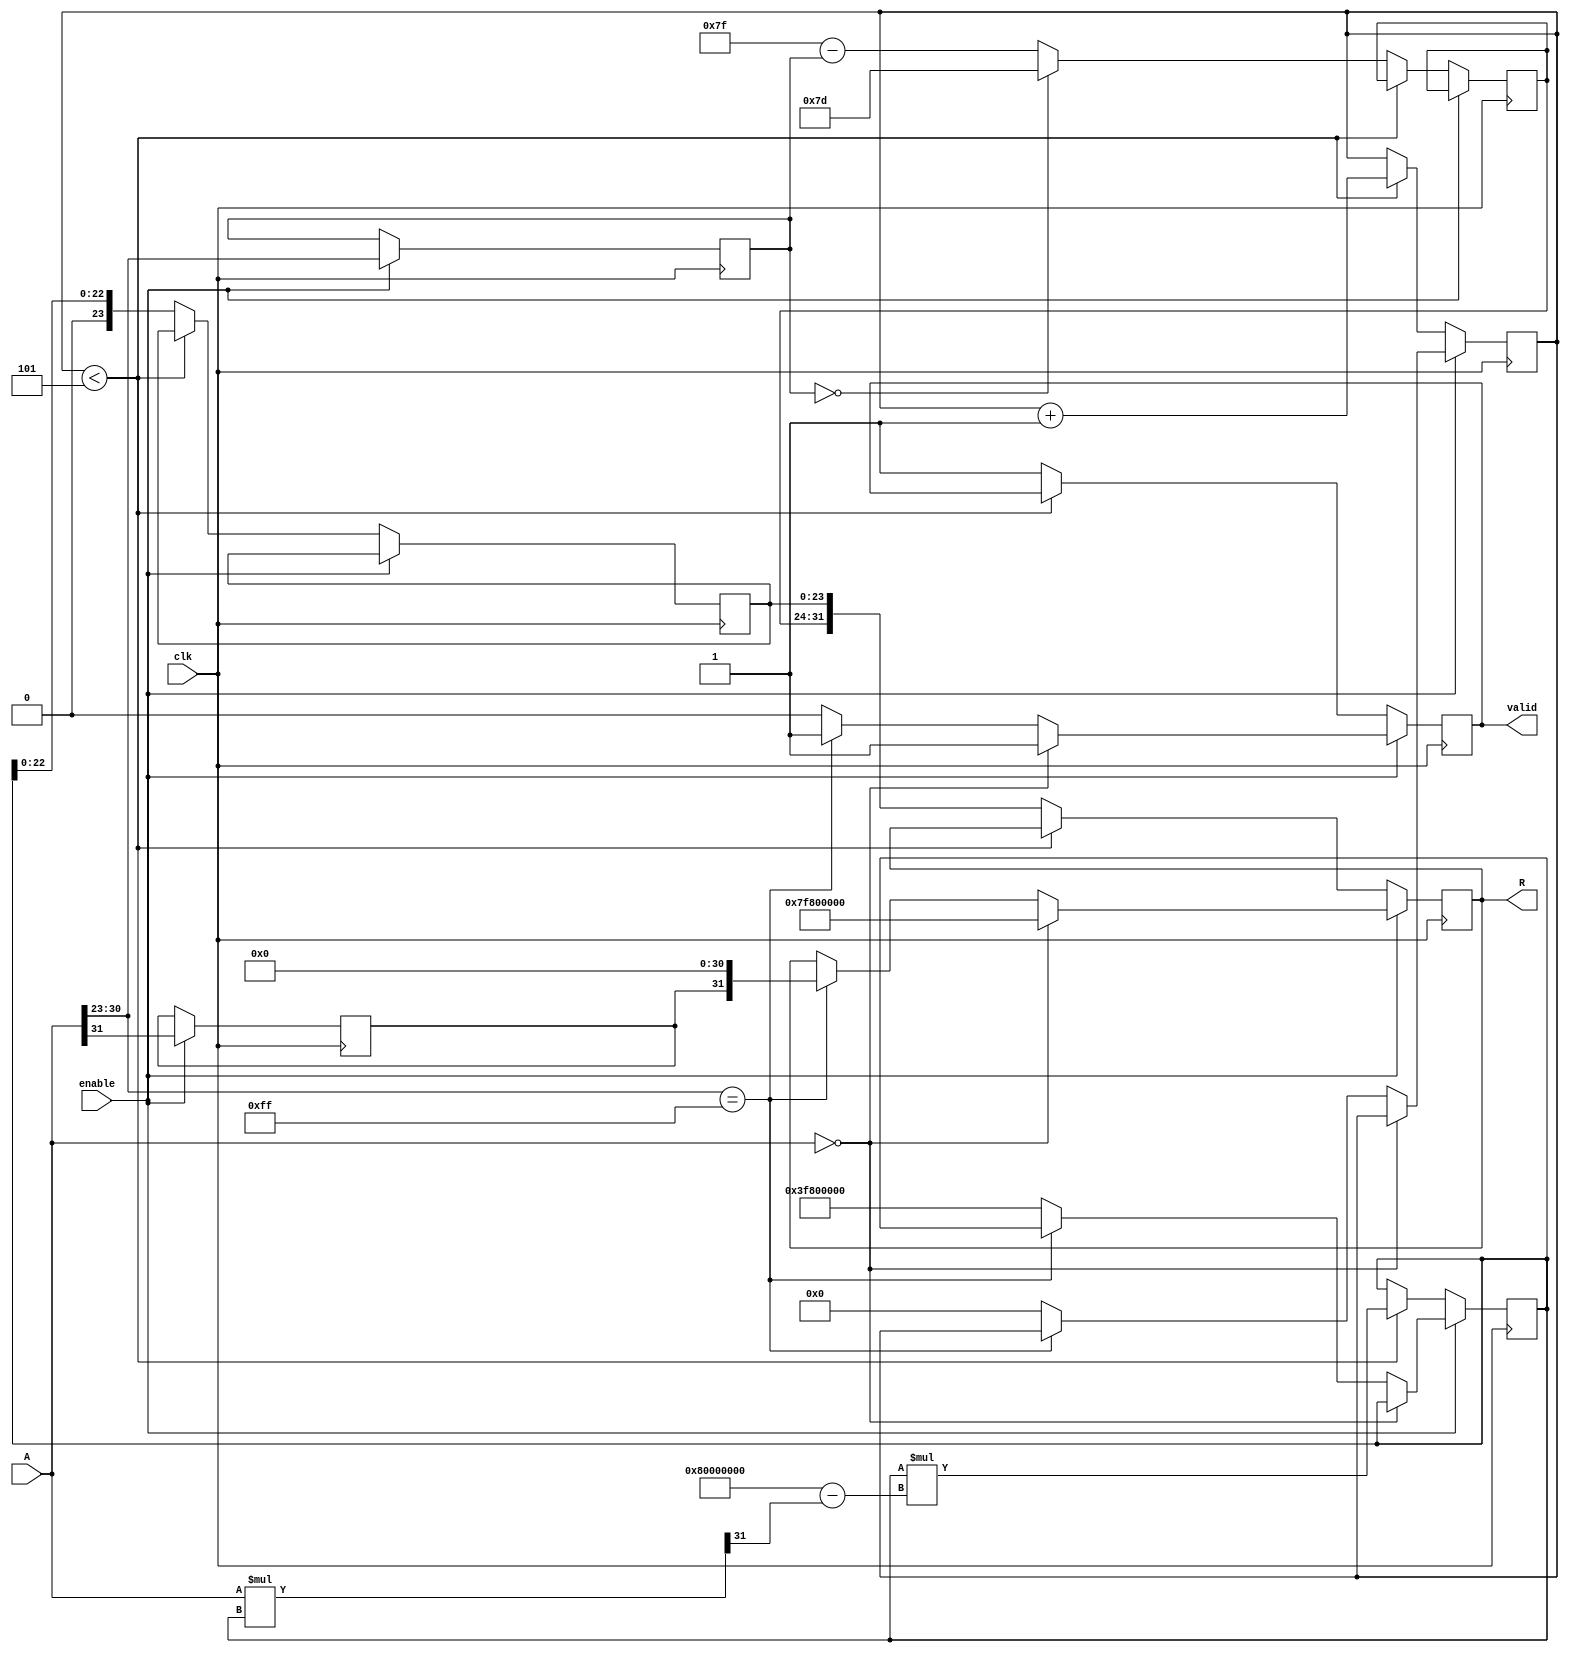
module floating_point_reciprocal (
    input wire [31:0] A,      // Input: 32-bit IEEE 754 floating-point number
    input wire clk,           // Clock signal
    input wire enable,        // Control signal to enable computation
    output reg [31:0] R,      // Output: 32-bit IEEE 754 floating-point reciprocal
    output reg valid          // Output valid signal
);
    // Constants
    localparam BIAS = 127;
    localparam MAX_EXP = 255; // Maximum exponent for IEEE 754 single precision

    // Internal signals
    reg [7:0] exponent_A;
    reg [23:0] mantissa_A;
    reg sign_A;
    reg [23:0] mantissa_R;
    reg [7:0] exponent_R;
    reg sign_R;
    reg [31:0] normalized_A;
    reg [31:0] reciprocal;
    reg [5:0] iteration_count;

    // State machine for computation
    always @(posedge clk) begin
        if (enable) begin
            // Extract sign, exponent, and mantissa
            sign_A <= A[31];
            exponent_A <= A[30:23];
            mantissa_A <= {1'b1, A[22:0]}; // Normalize mantissa

            // Handle special cases
            if (A == 32'b0) begin
                // Input is zero, output should be infinity
                R <= {1'b0, 8'b11111111, 23'b0}; // Infinity
                valid <= 1'b1;
            end else if (A[30:23] == 8'b11111111) begin
                // Input is infinity or NaN
                R <= {sign_A, 8'b0, 23'b0}; // Zero
                valid <= 1'b1;
            end else begin
                // Initialize reciprocal approximation
                reciprocal <= 32'h3f800000; // Initial approximation (1.0 in IEEE 754)
                iteration_count <= 6'b0;
                valid <= 1'b0; // Not valid until computation is done
            end
        end else if (iteration_count < 6'd5) begin
            // Newton-Raphson iteration for reciprocal
            reciprocal <= reciprocal * (32'h80000000 - (A * reciprocal >> 31)); // x_n+1 = x_n * (2 - x_n * A)
            iteration_count <= iteration_count + 1;
        end else begin
            // Finalize the output
            if (exponent_A == 0) begin
                // Denormalized case: Adjust exponent
                exponent_R <= BIAS + (MAX_EXP - 1);
            end else begin
                // Normalized case: Adjust exponent
                exponent_R <= BIAS - exponent_A;
            end

            // Set sign for the output
            sign_R <= sign_A;

            // Rounding (simple truncation for this example)
            mantissa_R <= reciprocal[22:0]; // Take the 23 bits

            // Construct output
            R <= {sign_R, exponent_R, mantissa_R};
            valid <= 1'b1; // Output is valid now
        end
    end
endmodule